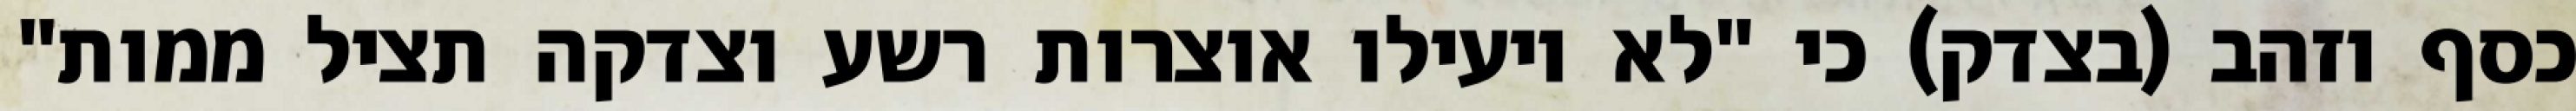
כסף וזהב (בצדק) כי "לא יועילו אוצרות רשע וצדקה תציל ממות"